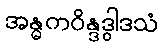
အန္ဓကဝိန္ဒဒွါဒသံ